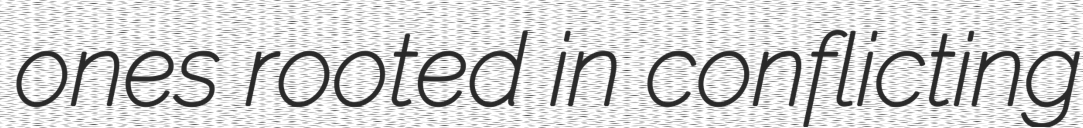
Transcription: ones rooted in conflicting